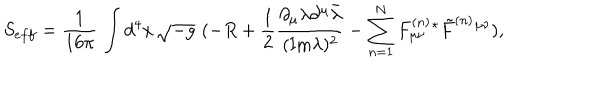
S _ { e f f } = { \frac { 1 } { 1 6 \pi } } \, \int d ^ { 4 } x \, \sqrt { - g } \, \, ( - R + { \frac { 1 } { 2 } } { \frac { \partial _ { \mu } \lambda \partial ^ { \mu } \bar { \lambda } } { ( \mathrm { I m } \lambda ) ^ { 2 } } } - \sum _ { n = 1 } ^ { N } { F _ { \mu \nu } ^ { ( n ) } { } ^ { \star } \tilde { F } ^ { ( n ) } { } ^ { \mu \nu } } ) ,